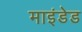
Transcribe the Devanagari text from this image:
माइंडेड